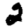
Digit: 2